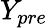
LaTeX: Y_{pre}